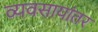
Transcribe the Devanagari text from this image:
व्यवसायांतर